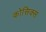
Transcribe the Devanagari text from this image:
कोसिक्स